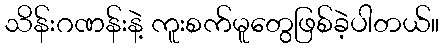
သိန်းဂဏန်းနဲ့ ကူးစက်မူတွေဖြစ်ခဲ့ပါတယ်။